NAE_ERA_R-30_Eesti_Riiklik_Spordiamet, lk 99
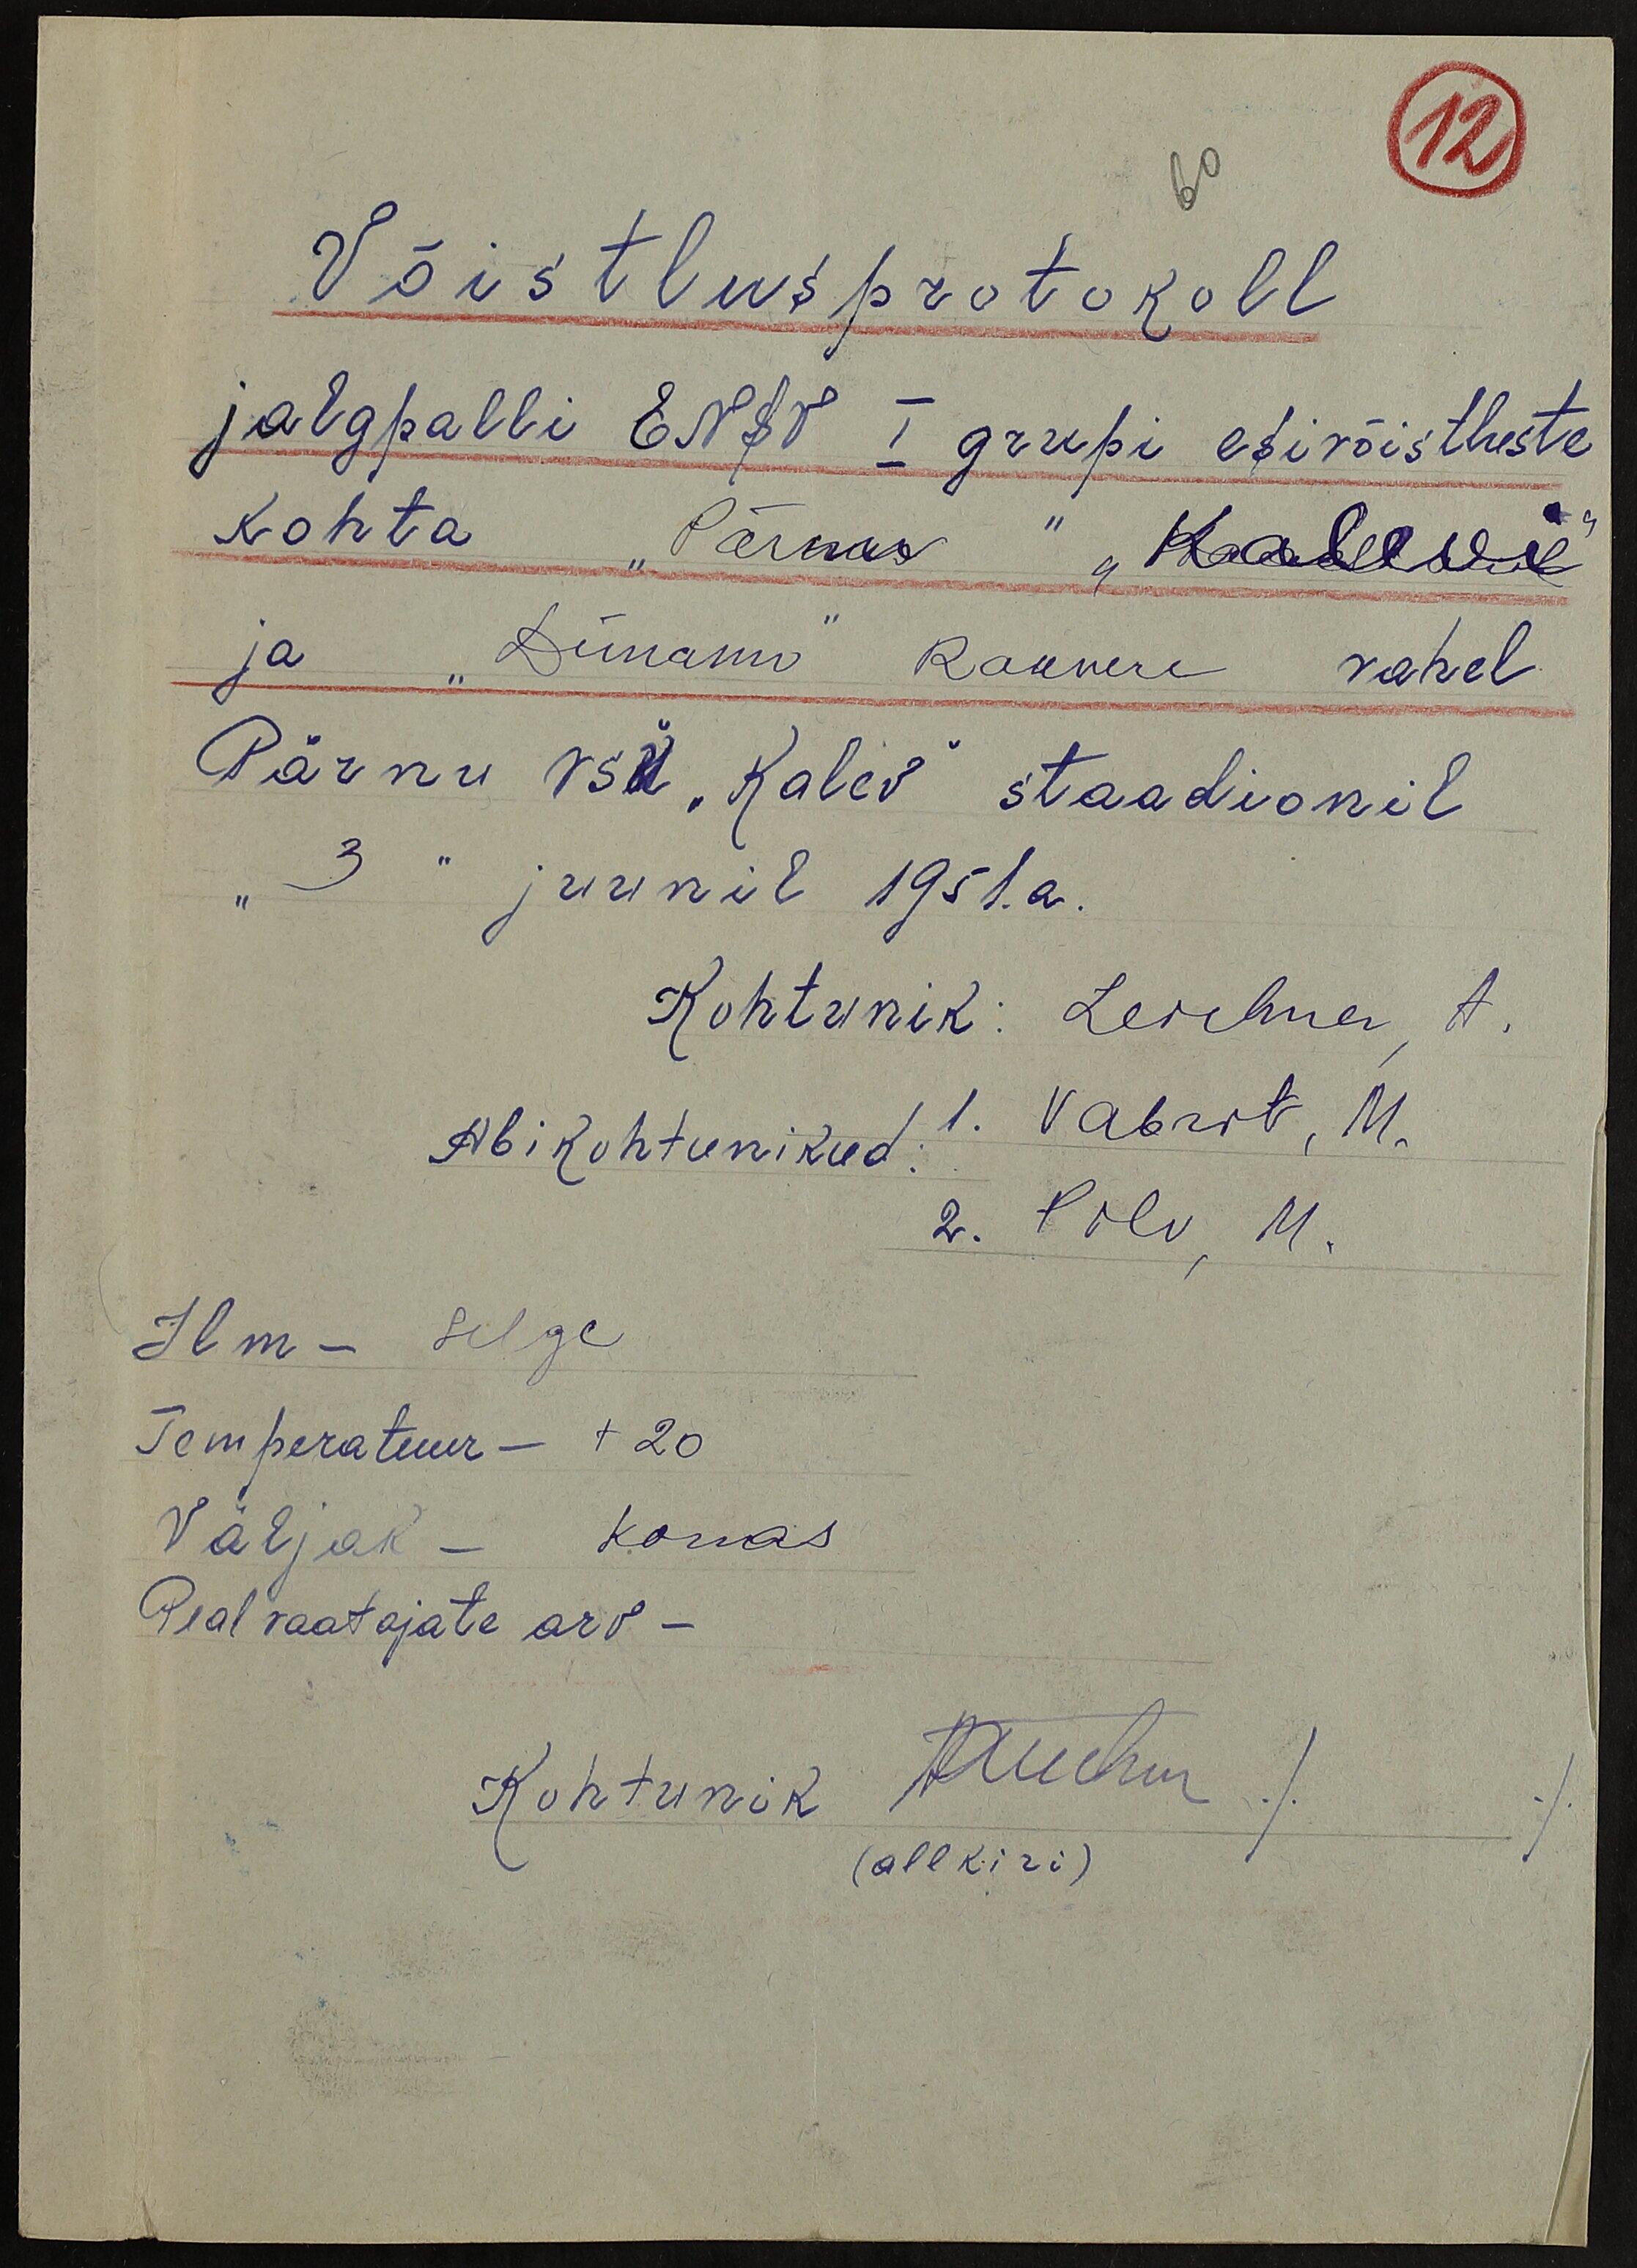
60
12
Võistlus protokoll
jalgpalli ENSV I grupi esivõistluste
kohta "Pärnu" "Kalevi"
ja "Dünamo" Rakvere vahel
Pärnu vsü "Kalev" staadionil
"3" juunil 1951.a.
Kohtunik: Leichner, A.
Abikohtunikud: 1. Vabrit, M.
2. Pilv, M.
Ilm - selge
Temperatuur - + 20
Väljak - korras
Peal vaatajate arv -
Kohtunik Aleichner
(allkiri)